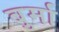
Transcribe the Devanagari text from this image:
बुर्मा